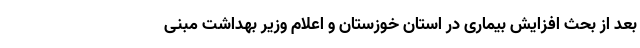
بعد از بحث افزایش بیماری در استان خوزستان و اعلام وزیر بهداشت مبنی